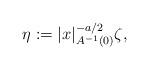
LaTeX: \begin{align*}\eta := |x|_{A^{-1}(0)}^{-a/2}\zeta,\end{align*}